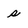
Character: s